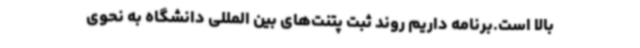
بالا است.برنامه داریم روند ثبت پتنت‌های بین المللی دانشگاه به نحوی